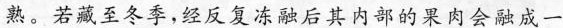
熟。若藏至冬季，经反复冻融后其内部的果肉会融成一